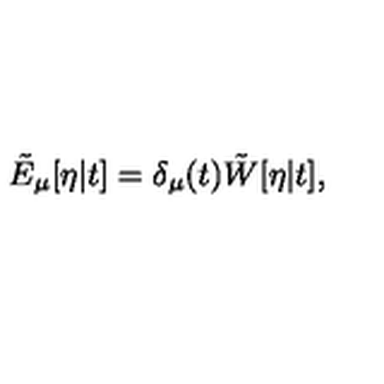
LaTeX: \tilde { E } _ { \mu } [ \eta | t ] = \delta _ { \mu } ( t ) \tilde { W } [ \eta | t ] ,